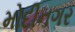
મોદીનગર